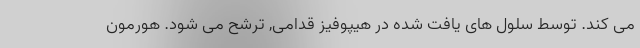
می کند. توسط سلول های یافت شده در هیپوفیز قدامی, ترشح می شود. هورمون